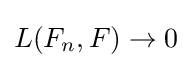
L(F_{n},F)\to 0